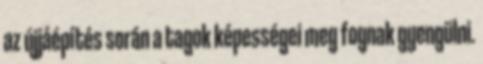
az újjáépítés során a tagok képességei meg fognak gyengülni.